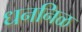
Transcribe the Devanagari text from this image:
धननिळ